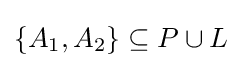
\{A_{1},A_{2}\}\subseteq P\cup L